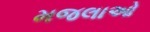
મજલાઓ